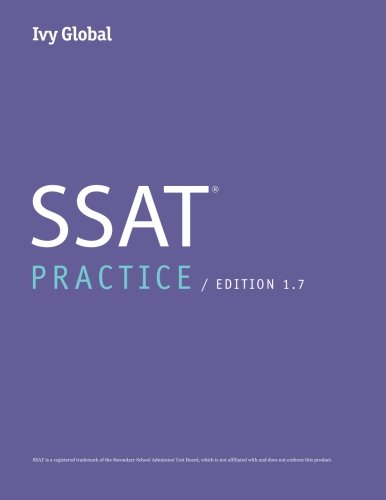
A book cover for Ivy Global SSAT Practice Tests: Prep Book, 1.7 Edition; Ivy Global; Test Preparation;